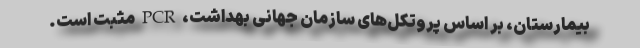
بیمارستان، بر اساس پروتکل‌های سازمان جهانی بهداشت، PCR مثبت است.